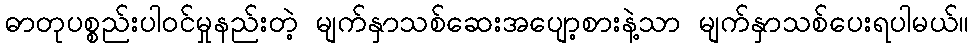
ဓာတုပစ္စည်းပါဝင်မှုနည်းတဲ့ မျက်နှာသစ်ဆေးအပျော့စားနဲ့သာ မျက်နှာသစ်ပေးရပါမယ်။